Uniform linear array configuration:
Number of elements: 24
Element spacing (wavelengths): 0.25
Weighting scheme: uniform
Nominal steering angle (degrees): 30
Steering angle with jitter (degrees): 31.341
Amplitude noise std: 0.05
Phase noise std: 0.05

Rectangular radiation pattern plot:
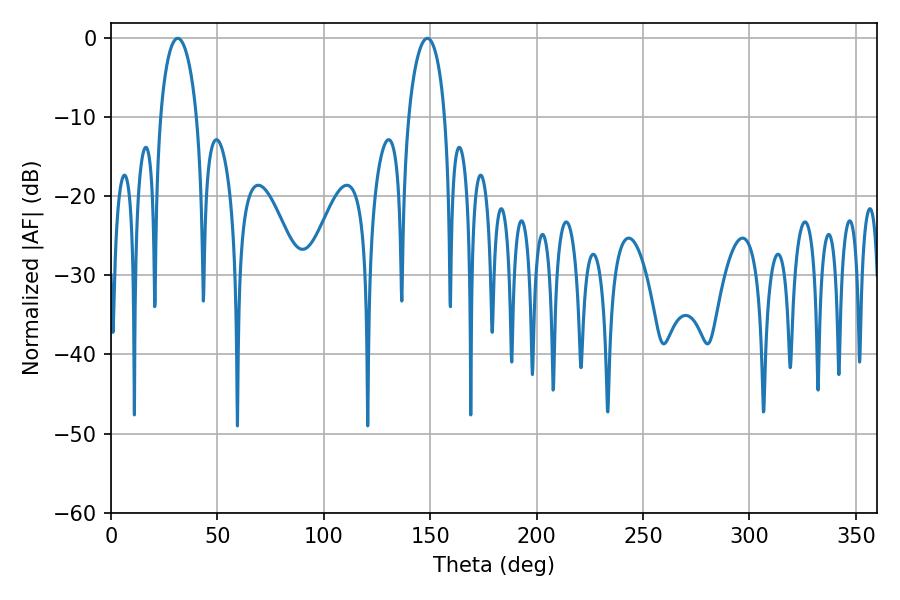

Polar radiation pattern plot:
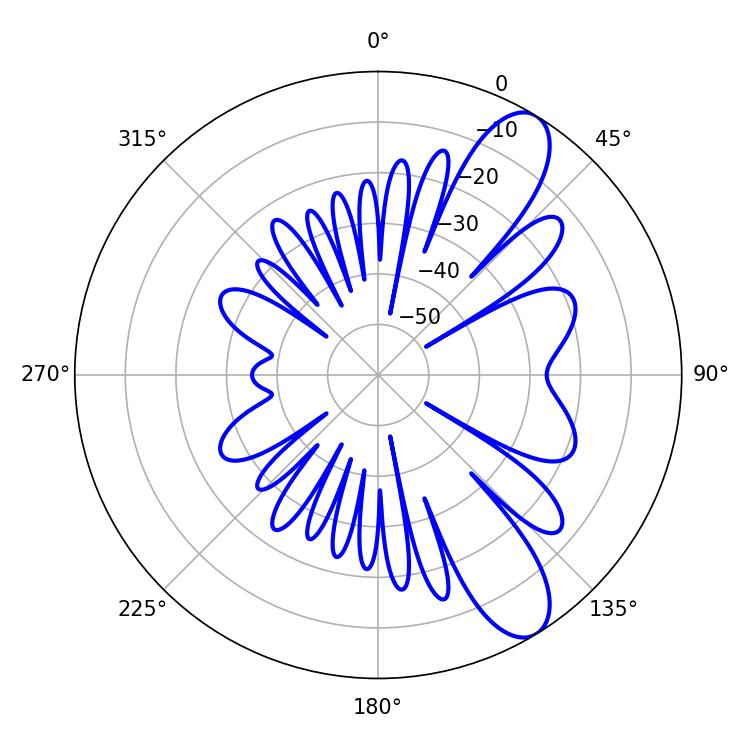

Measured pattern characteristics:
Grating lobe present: FALSE
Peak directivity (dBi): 9.92
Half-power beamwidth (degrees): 9.72
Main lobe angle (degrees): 31.32